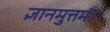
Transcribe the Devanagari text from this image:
ज्ञानमुत्तमं।।